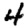
Digit: 4